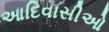
આદિવાસીઓ